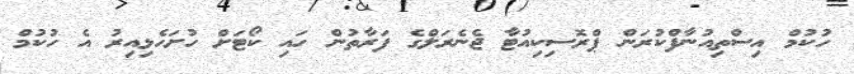
ހުކުމް އިސްތިއުނާފްކުރަން ޕްރޮސިކިއުޓާ ޖެނެރަލްގެ ފަރާތުން ހައި ކޯޓަށް ހުށަހެޅިއިރު އެ ހުކުމް